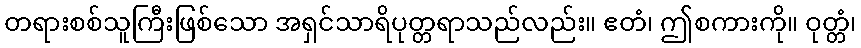
တရားစစ်သူကြီးဖြစ်သော အရှင်သာရိပုတ္တရာသည်လည်း။ ဧတံ၊ ဤစကားကို။ ဝုတ္တံ၊